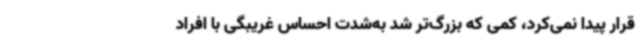
قرار پیدا نمی‌کرد، کمی که بزرگ‌تر شد به‌شدت احساس غریبگی با افراد